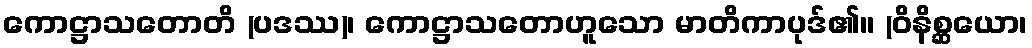
ကောဋ္ဌာသတောတိ (ပဒဿ)၊ ကောဋ္ဌာသတောဟူသော မာတိကာပုဒ်၏။ (ဝိနိစ္ဆယော၊